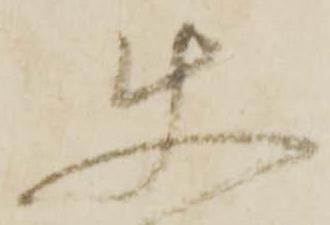
使